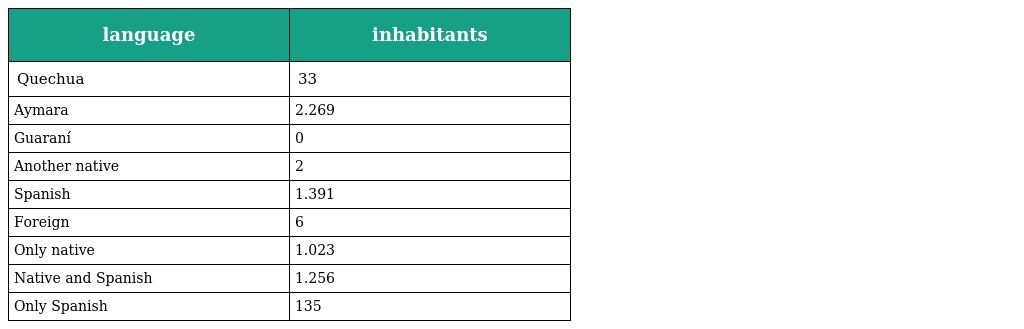
| language | inhabitants |
 | --- | --- |
 | Quechua | 33 |
 | Aymara | 2.269 |
 | Guaraní | 0 |
 | Another native | 2 |
 | Spanish | 1.391 |
 | Foreign | 6 |
 | Only native | 1.023 |
 | Native and Spanish | 1.256 |
 | Only Spanish | 135 |